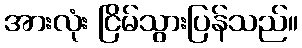
အားလုံး ငြိမ်သွားပြန်သည်။